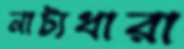
নাট্যধারা